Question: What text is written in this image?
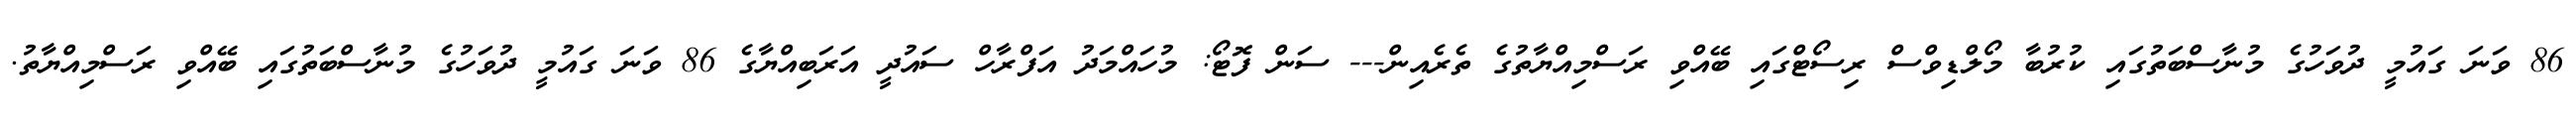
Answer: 86 ވަނަ ގައުމީ ދުވަހުގެ މުނާސްބަތުގައި ކުރުބާ މޯލްޑިވްސް ރިސޯޓްގައި ބޭއްވި ރަސްމިއްޔާތުގެ ތެރެއިން--- ސަން ފޮޓޯ: މުހައްމަދު އަފްރާހް ސައުދީ އަރަބިއްޔާގެ 86 ވަނަ ގައުމީ ދުވަހުގެ މުނާސްބަތުގައި ބޭއްވި ރަސްމިއްޔާތު.